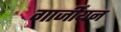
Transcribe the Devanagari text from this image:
गार्जीयन